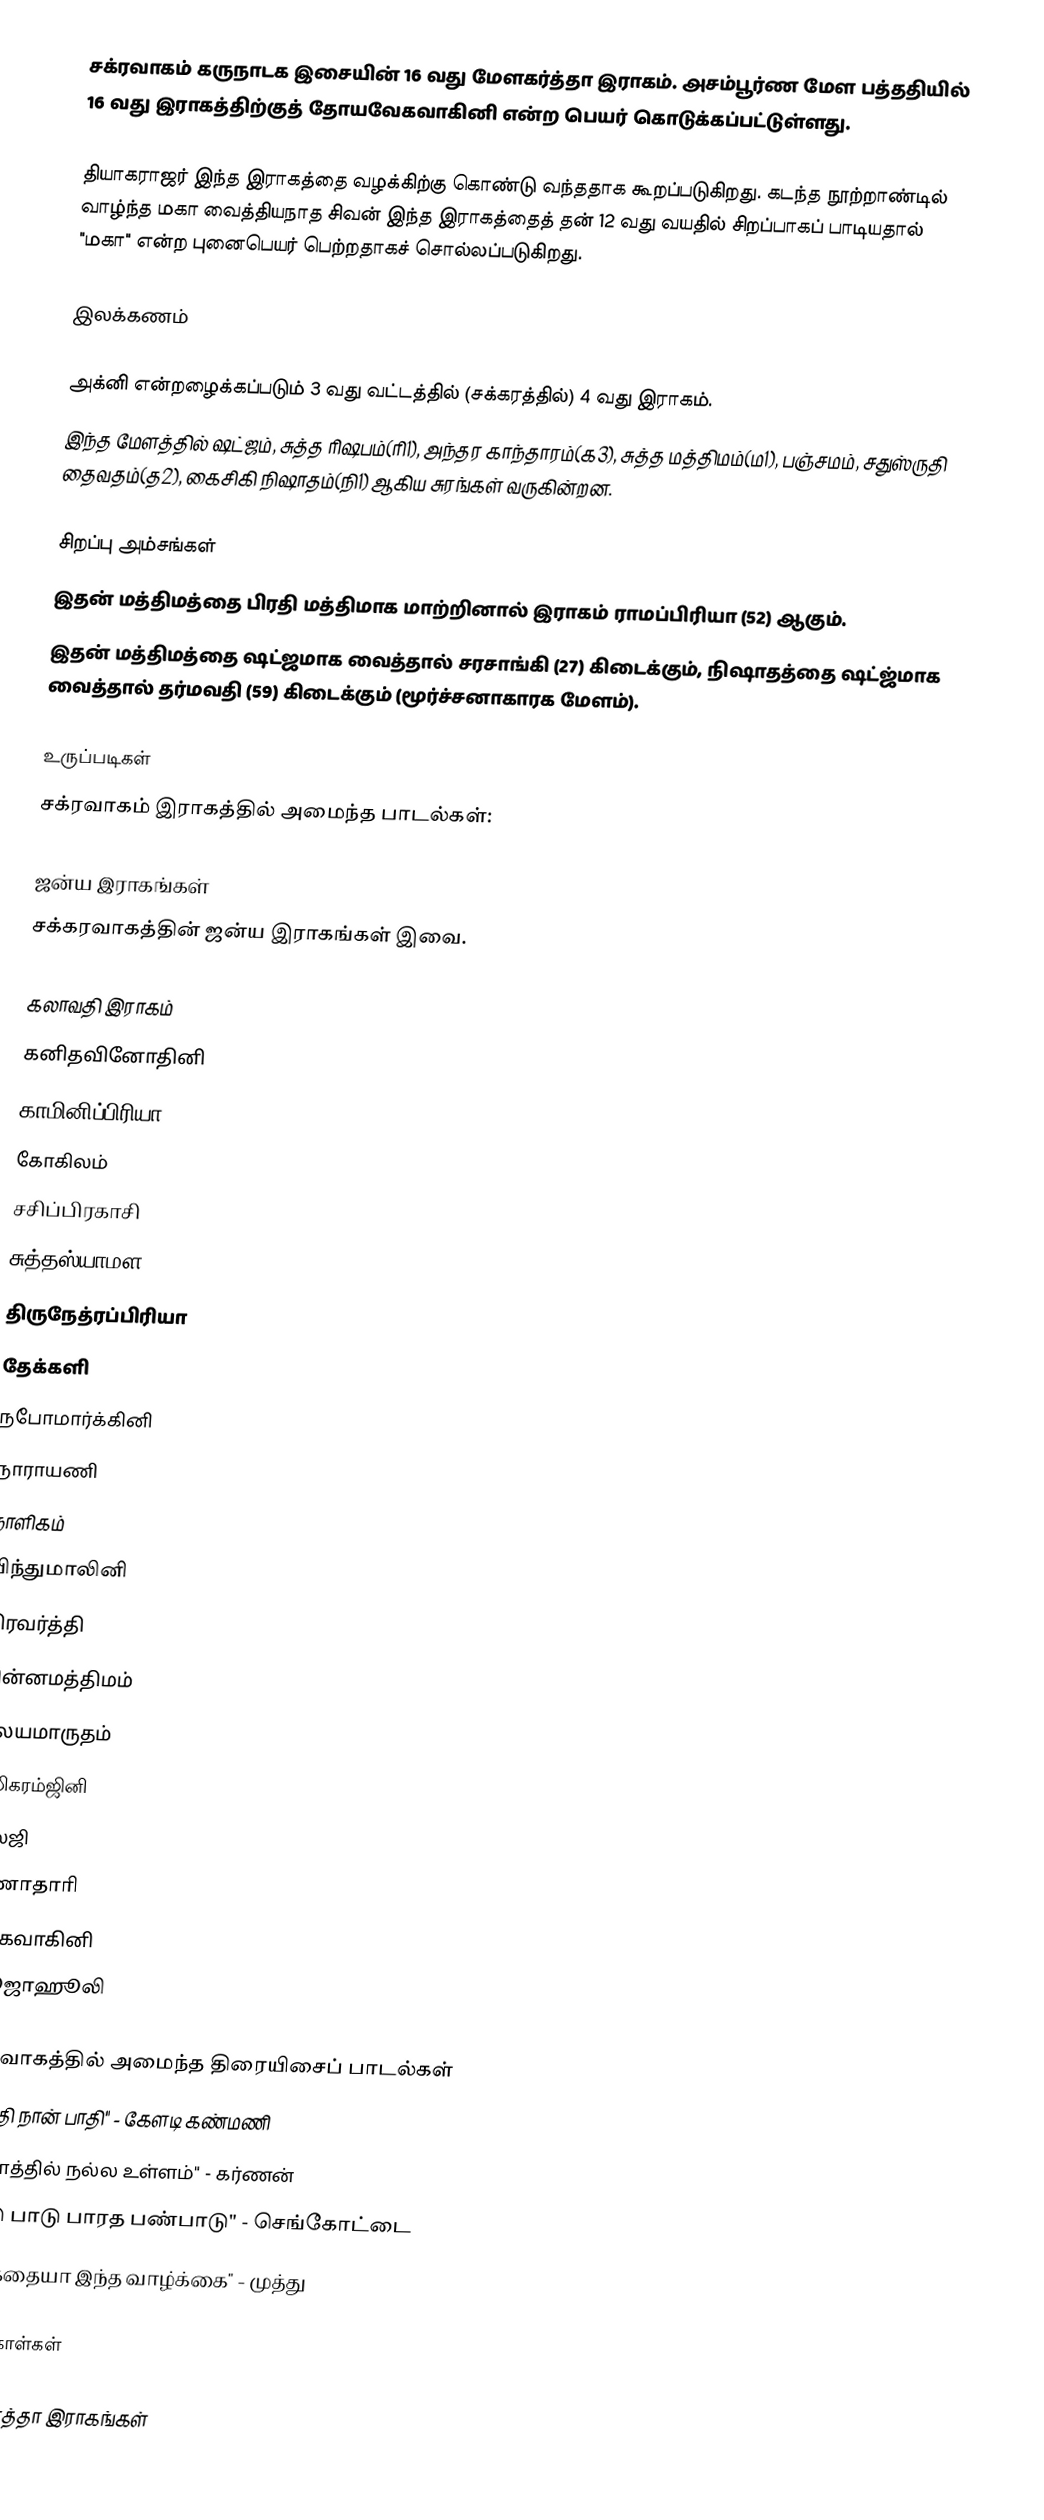
சக்ரவாகம் கருநாடக இசையின் 16 வது மேளகர்த்தா இராகம். அசம்பூர்ண மேள பத்ததியில் 16 வது இராகத்திற்குத் தோயவேகவாகினி என்ற பெயர் கொடுக்கப்பட்டுள்ளது.

தியாகராஜர் இந்த இராகத்தை வழக்கிற்கு கொண்டு வந்ததாக கூறப்படுகிறது. கடந்த நூற்றாண்டில் வாழ்ந்த மகா வைத்தியநாத சிவன் இந்த இராகத்தைத் தன் 12 வது வயதில் சிறப்பாகப் பாடியதால் "மகா" என்ற புனைபெயர் பெற்றதாகச் சொல்லப்படுகிறது.

இலக்கணம்

 அக்னி என்றழைக்கப்படும் 3 வது வட்டத்தில் (சக்கரத்தில்) 4 வது இராகம்.
 இந்த மேளத்தில் ஷட்ஜம், சுத்த ரிஷபம்(ரி1), அந்தர காந்தாரம்(க3), சுத்த மத்திமம்(ம1), பஞ்சமம், சதுஸ்ருதி தைவதம்(த2), கைசிகி நிஷாதம்(நி1) ஆகிய சுரங்கள் வருகின்றன.

சிறப்பு அம்சங்கள்
 இதன் மத்திமத்தை பிரதி மத்திமாக மாற்றினால் இராகம் ராமப்பிரியா (52) ஆகும்.
 இதன் மத்திமத்தை ஷட்ஜமாக வைத்தால் சரசாங்கி (27) கிடைக்கும், நிஷாதத்தை ஷட்ஜ்மாக வைத்தால் தர்மவதி (59) கிடைக்கும் (மூர்ச்சனாகாரக மேளம்).

உருப்படிகள்
சக்ரவாகம் இராகத்தில் அமைந்த பாடல்கள்:

ஜன்ய இராகங்கள்
சக்கரவாகத்தின் ஜன்ய இராகங்கள் இவை.

 கலாவதி இராகம்
 கனிதவினோதினி
 காமினிப்பிரியா
 கோகிலம்
 சசிப்பிரகாசி
 சுத்தஸ்யாமள
 திருநேத்ரப்பிரியா
 தேக்களி
 நபோமார்க்கினி
 நாராயணி
 நாளிகம்
 பிந்துமாலினி
 பிரவர்த்தி
 பின்னமத்திமம்
 மலயமாருதம்
 ரஸிகரம்ஜினி
 வலஜி
 வீணாதாரி
 வேகவாகினி
 ஸூஜாஹூலி

சக்ரவாகத்தில் அமைந்த திரையிசைப் பாடல்கள்
 "நீ பாதி நான் பாதி" - கேளடி கண்மணி
 "உள்ளத்தில் நல்ல உள்ளம்" - கர்ணன்
 "பாடு பாடு பாரத பண்பாடு" - செங்கோட்டை
 "விடுகதையா இந்த வாழ்க்கை" - முத்து

மேற்கோள்கள்

மேளகர்த்தா இராகங்கள்